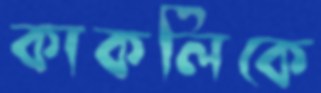
কাকলিকে